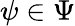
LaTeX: \psi\in\Psi